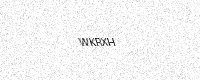
Text: WKRXH